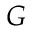
G